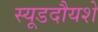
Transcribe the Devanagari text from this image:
स्यूडदौयशे